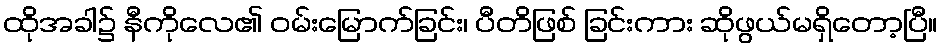
ထိုအခါ၌ နီကိုလေ၏ ဝမ်းမြောက်ခြင်း၊ ပီတိဖြစ် ခြင်းကား ဆိုဖွယ်မရှိတော့ပြီ။